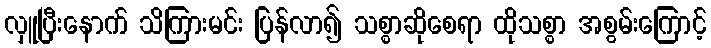
လှူပြီးနောက် သိကြားမင်း ပြန်လာ၍ သစ္စာဆိုစေရာ ထိုသစ္စာ အစွမ်းကြောင့်